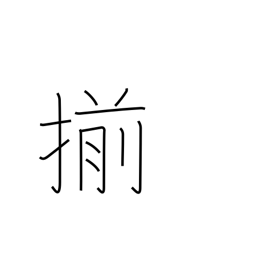
Meaning: uniform